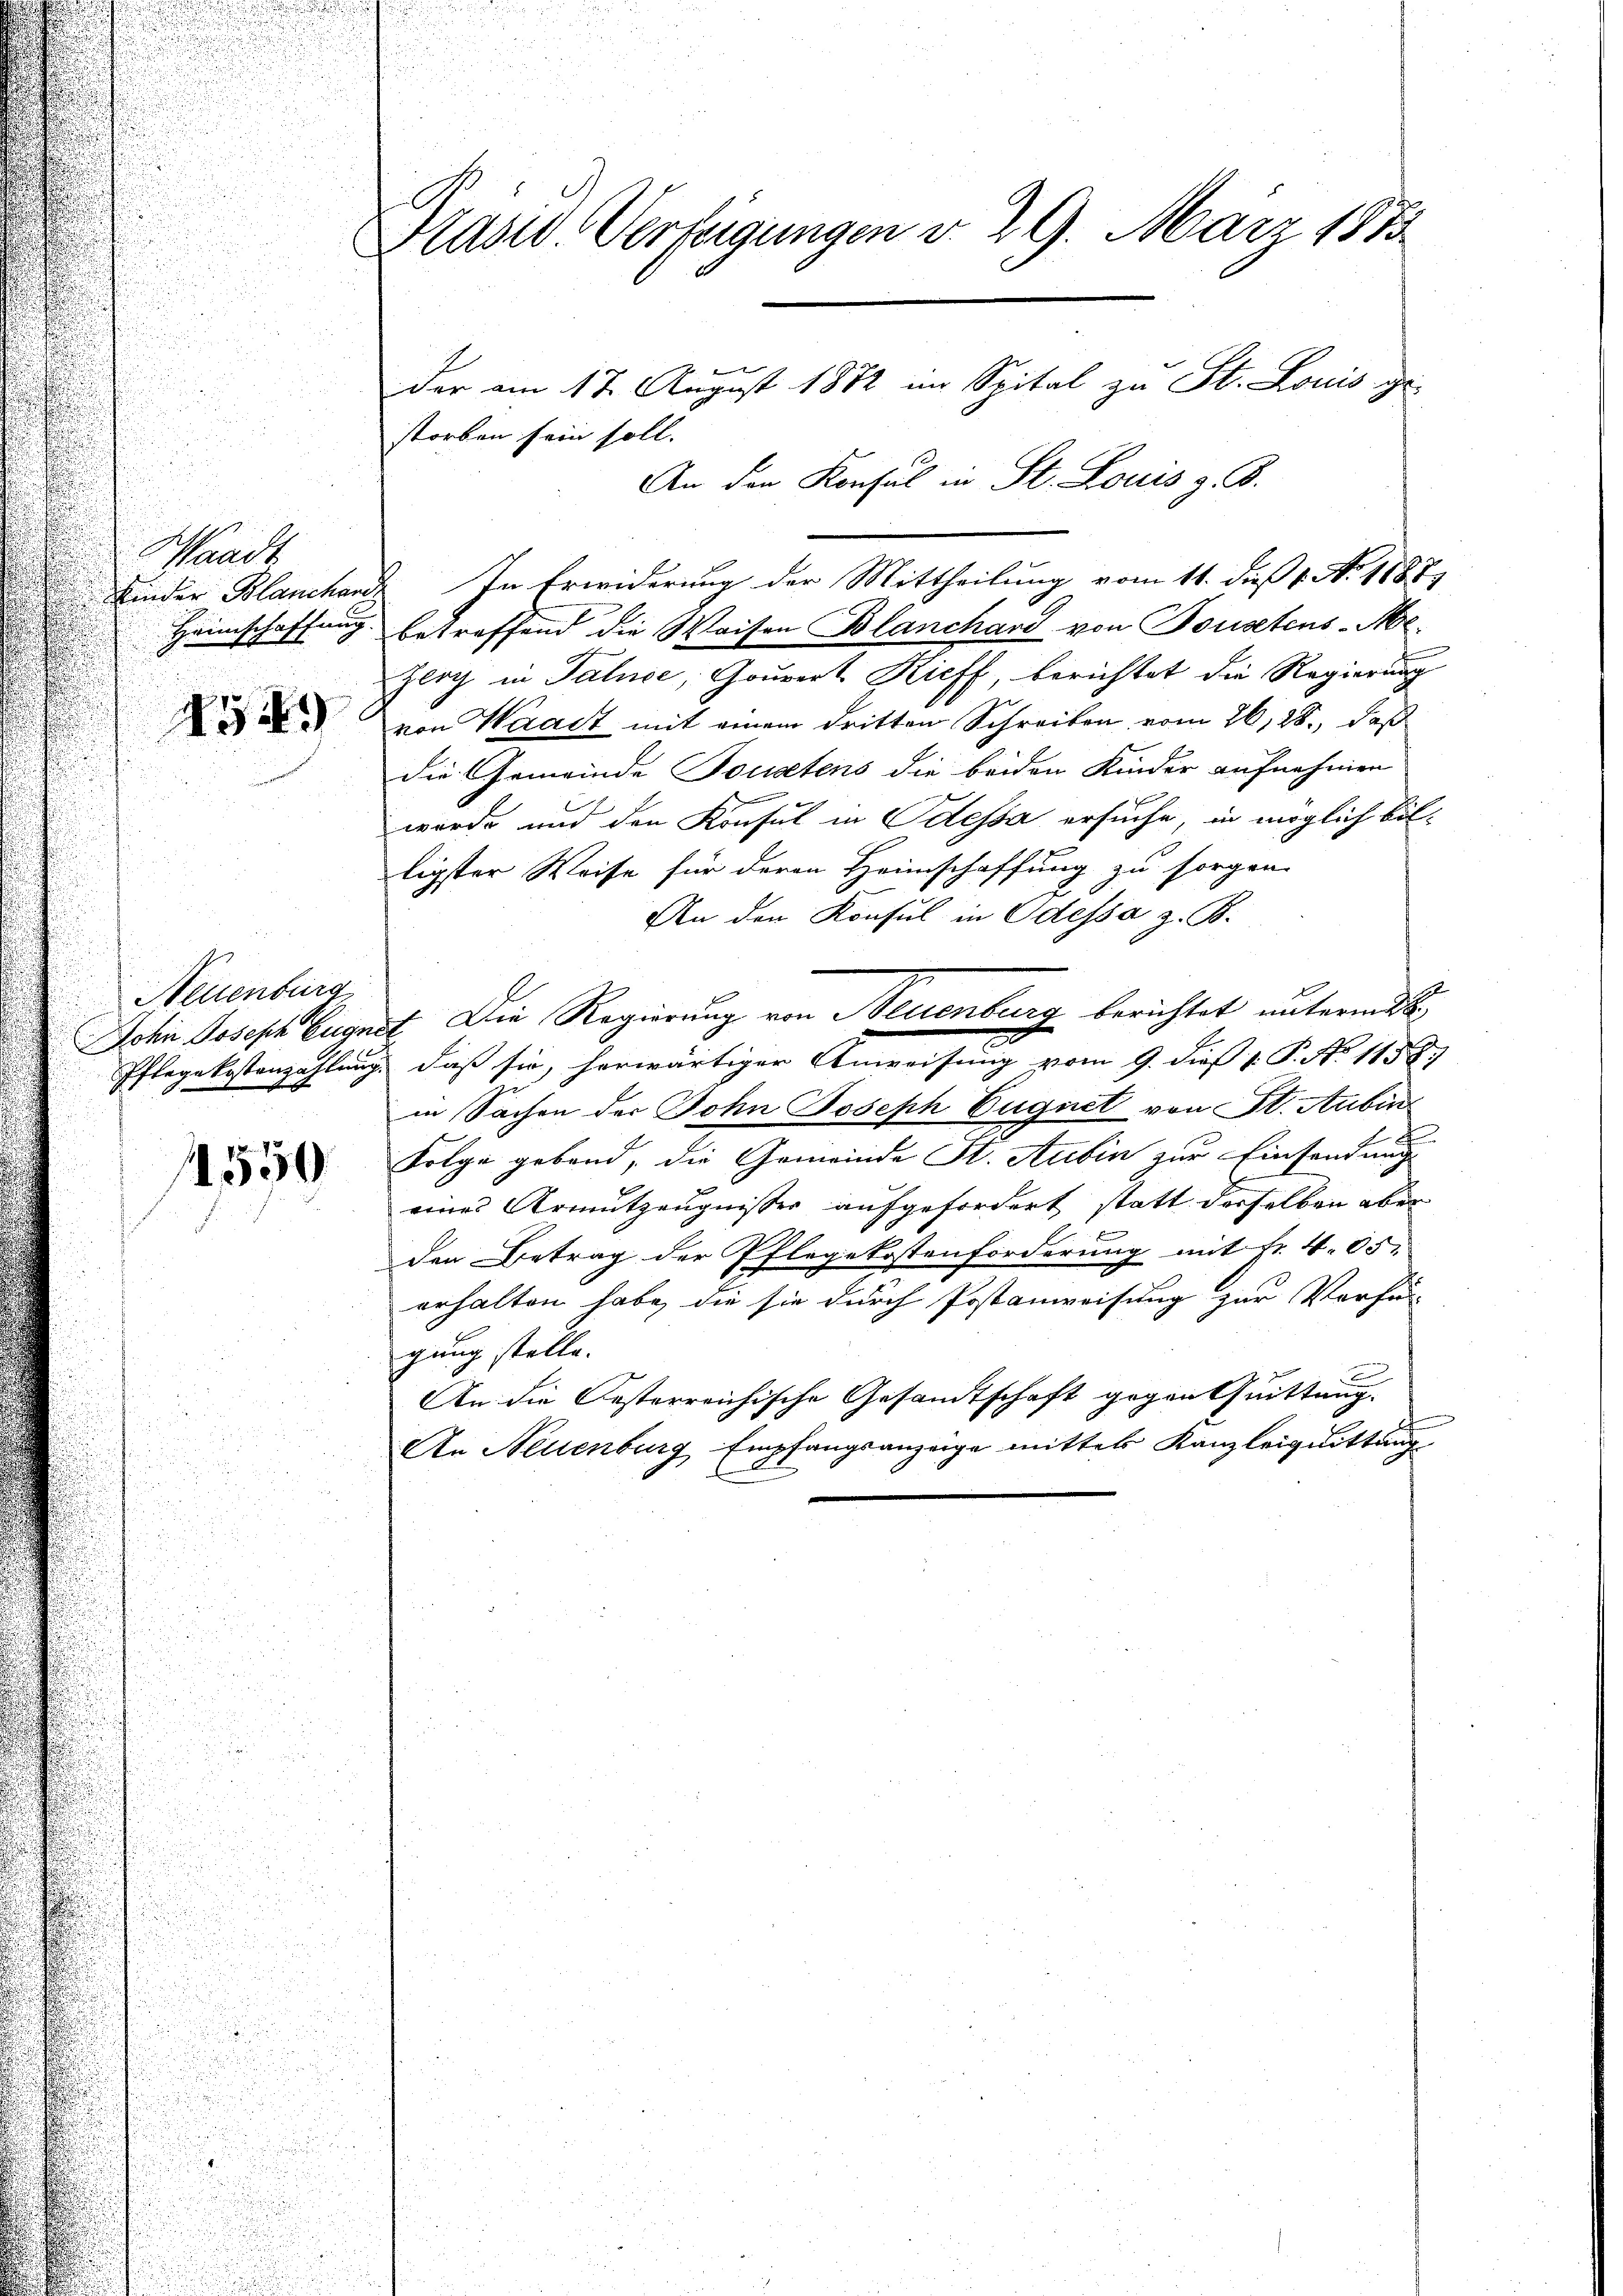
Schrack
Heimschaffung.
AG 4

Neuenburg
Pflegekostenzahlung.

550

Praser Verfügungen d. 29. März 1875
der am 17. August 1872 im Spital zu St. Louis gestorben sein soll.
An den Konsul in St. Louis z. B.

Kinder Blanchand In Erwiderung der Mittheilung vom 11. dieß 1. No. 1887,
betreffend die Waisen Blanchard von Bousetens-Ar¬
Zerg in Paluce, Gouvert Kieff, berichtet die Regierung
von Waadt mit einem dritten Schreiben vom 26,28., daß
die Gemeinde Tousetens die beiden Kinder aufnehmen
.
wurde und den Konsul in Odessa ersuche, in möglich billigster Weise für deren Heimschaffung zu sorgen.
An den Konsul in Odessa z. B.
John Joseph Eugnet. Die Regierung von Neuenburg berichtet unterm d
daß sie, herwärtiger Anweisung vom 9. dieß 1. P. No 1158.
in Sachen der John Joseph Eugnet von St. Aubin
Folge gebend, die Gemeinde St. Aubin zur Einsendung
eines Armutzeugnisser aufgefordert statt derselben aber
den Betrag der Pflegekostenforderung mit Fr. 405.
erhalten habe, die sie durch Postanweisung zur Verfü-
gung stelle.
b
An die Oesterreichische Gesamtschaft gegen Quittung.
An Neuenburg Empfangsanzeige mittel Kanzleiquittung